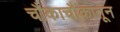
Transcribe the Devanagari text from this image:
चौकाचौकातून